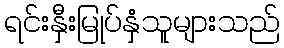
ရင်းနှီးမြုပ်နှံသူများသည်